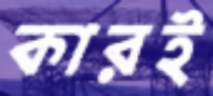
কারই